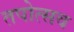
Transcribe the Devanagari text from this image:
तपोत्सव